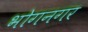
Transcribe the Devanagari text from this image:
भोगनगर